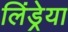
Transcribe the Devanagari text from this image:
लिंड्रेया